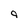
Character: 9